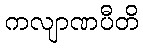
ကလျာဏပီတိ